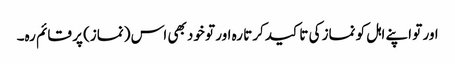
اور تو اپنے اہل کو نماز کی تا کید کرتا رہ اور تو خود بھی اس (نماز) پر قائم رہ۔